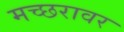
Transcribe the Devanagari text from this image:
मच्छरावर